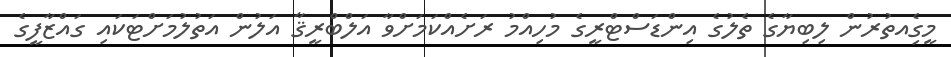
މީގެިއތުރުން ލިބިޔާގެ ތެލުގެ އިންޑަސްޓްރީގެ މުހިއްމު ރަށެއްކަމަށްވާ އަލްބްރީޤާ އަލުން އަތުލުމަށްޓަކައި ގައްޒާފީގެ